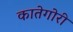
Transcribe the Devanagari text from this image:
कातेगोरी